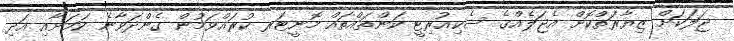
ޖަލަކަށް ޒިޔާރަތްކޮށް އެޖަލެއްގެ ސެކިއުރިޓީ ކަންތައްތައް މޮނީޓަރ ކުރައްވަމުން ގެންދަވާނެ ކަމަށާއި އަދި